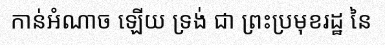
កាន់អំណាច ឡើយ ទ្រង់ ជា ព្រះប្រមុខរដ្ឋ នៃ